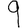
Digit: 9